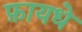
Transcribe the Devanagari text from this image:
फ़ायधे